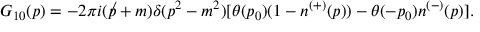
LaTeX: G _ { 1 0 } ( p ) = - 2 \pi i ( \not p + m ) \delta ( p ^ { 2 } - m ^ { 2 } ) [ \theta ( p _ { 0 } ) ( 1 - n ^ { ( + ) } ( p ) ) - \theta ( - p _ { 0 } ) n ^ { ( - ) } ( p ) ] .